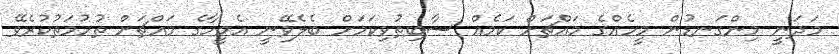
މަދަނީ މިންގަނޑުން މީހެއްގެ މައްޗަށް ކަމެއް ސާބިތުވިކަމަށް ބެލެވޭނީ އެމީހާގެ މައްޗަށް ތުހުމަތުކުރެވޭ